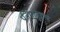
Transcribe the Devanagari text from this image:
प्रतिभानुरूप